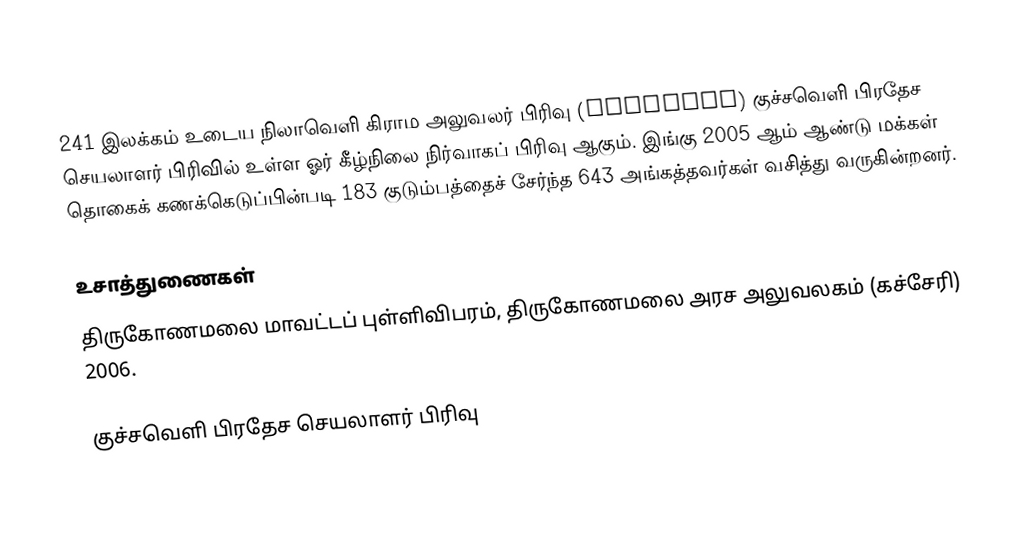
241 இலக்கம்  உடைய நிலாவெளி கிராம அலுவலர் பிரிவு  (Nilaveli) குச்சவெளி பிரதேச செயலாளர் பிரிவில் உள்ள ஓர் கீழ்நிலை நிர்வாகப் பிரிவு ஆகும். இங்கு 2005 ஆம் ஆண்டு மக்கள் தொகைக் கணக்கெடுப்பின்படி 183 குடும்பத்தைச் சேர்ந்த 643 அங்கத்தவர்கள் வசித்து வருகின்றனர்.

உசாத்துணைகள்
திருகோணமலை மாவட்டப் புள்ளிவிபரம்,  திருகோணமலை அரச அலுவலகம் (கச்சேரி) 2006.

குச்சவெளி பிரதேச செயலாளர் பிரிவு